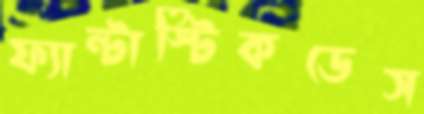
ফ্যান্টাস্টিকডেস